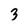
Character: 3